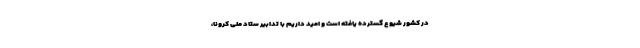
در کشور شیوع گسترده یافته است و امید داریم با تدابیر ستاد ملی کرونا،